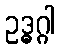
ဥဒ္ဓဂ္ဂါ